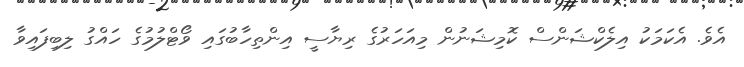
އެވެ. އެކަމަކު އިލެކްޝަންސް ކޮމިޝަނުން މިއަހަރުގެ ރިޔާސީ އިންތިހާބުގައި ވޯޓްލުމުގެ ހައްގު ލިބިފައިވާ